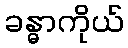
ခန္ဓာကိုယ်